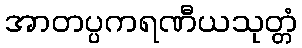
အာတပ္ပကရဏီယသုတ္တံ